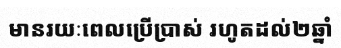
មានរយៈពេលប្រើប្រាស់ រហូតដល់២ឆ្នាំ